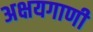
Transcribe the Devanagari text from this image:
अक्षयगाणी